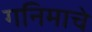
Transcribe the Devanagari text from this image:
गनिमाचे